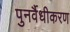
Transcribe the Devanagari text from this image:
पुनर्वैधीकरण